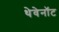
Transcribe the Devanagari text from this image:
थेवेनॉट